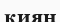
қиян